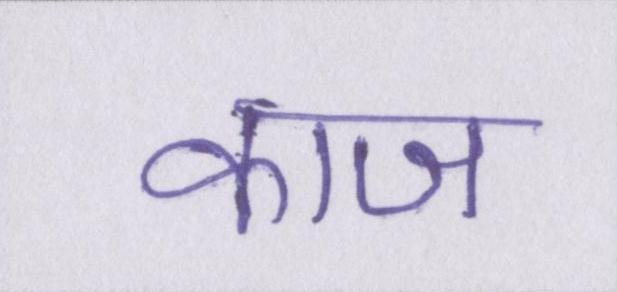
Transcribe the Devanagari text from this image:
काज